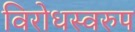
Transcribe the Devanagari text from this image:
विरोधस्वरुप